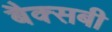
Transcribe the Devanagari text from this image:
बैक्सबी